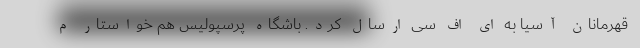
قهرمانان آسیا به ای اف سی ارسال کرد. باشگاه پرسپولیس هم خواستار م